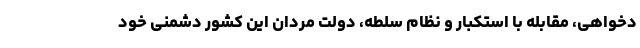
دخواهی، مقابله با استکبار و نظام سلطه، دولت مردان این کشور دشمنی خود